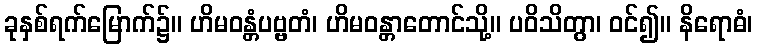
ခုနှစ်ရက်မြောက်၌။ ဟိမဝန္တံပဗ္ဗတံ၊ ဟိမဝန္တာတောင်သို့။ ပဝိသိတွာ၊ ဝင်၍။ နိရောဓံ၊